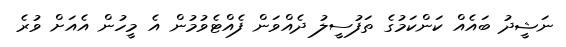
ނަޝީދު ބައެއް ކަންކަމުގެ ތަފުސީލު ދެއްވަން ފެއްޓެވުމުން އެ މީހުން އެއަށް ވުރެ